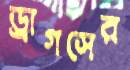
ড্রাগসের